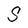
Character: S